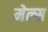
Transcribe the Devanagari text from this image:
मेल्स